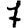
Digit: 7